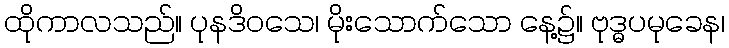
ထိုကာလသည်။ ပုနဒိဝသေ၊ မိုးသောက်သော နေ့၌။ ဗုဒ္ဓပမုခေန၊